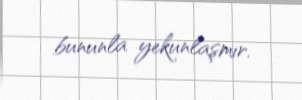
bununla yekunlaşmır.